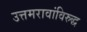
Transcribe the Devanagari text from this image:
उत्तमरावांविरुद्ध